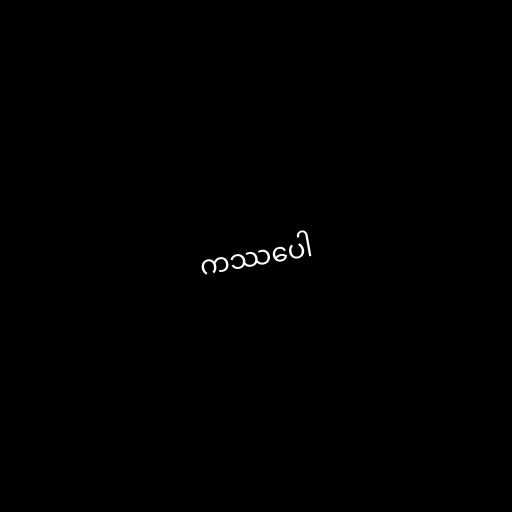
ကဿပေါ